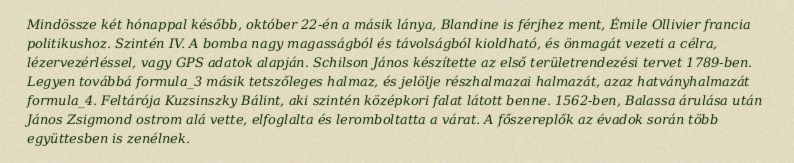
Mindössze két hónappal később, október 22-én a másik lánya, Blandine is férjhez ment, Émile Ollivier francia politikushoz. Szintén IV. A bomba nagy magasságból és távolságból kioldható, és önmagát vezeti a célra, lézervezérléssel, vagy GPS adatok alapján. Schilson János készítette az első területrendezési tervet 1789-ben. Legyen továbbá formula_3 másik tetszőleges halmaz, és jelölje részhalmazai halmazát, azaz hatványhalmazát formula_4. Feltárója Kuzsinszky Bálint, aki szintén középkori falat látott benne. 1562-ben, Balassa árulása után János Zsigmond ostrom alá vette, elfoglalta és leromboltatta a várat. A főszereplők az évadok során több együttesben is zenélnek.